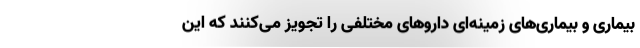
بیماری و بیماری‌های زمینه‌ای داروهای مختلفی را تجویز می‌کنند که این